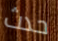
حدث